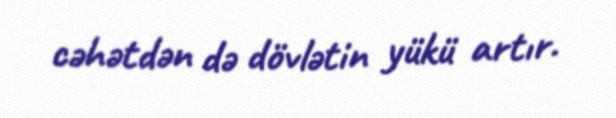
cəhətdən də dövlətin yükü artır.